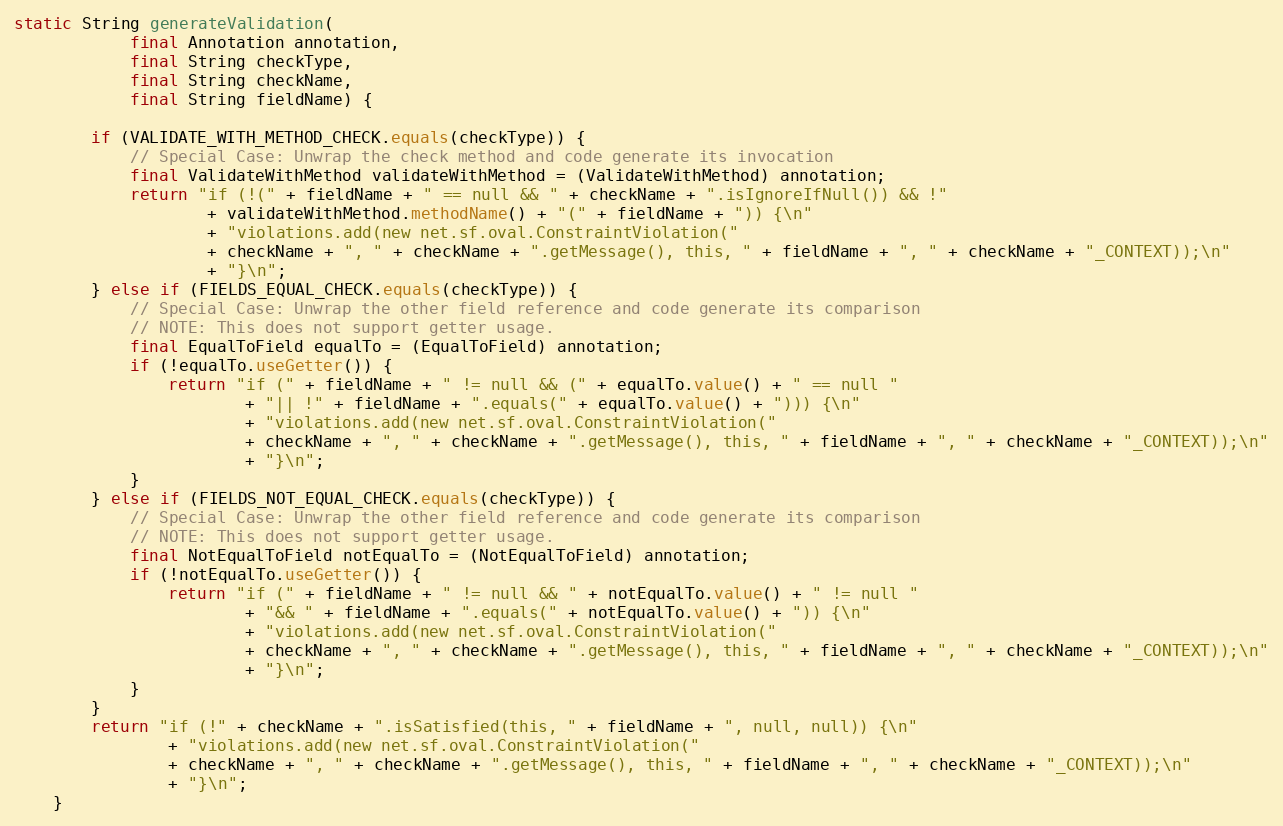
Language: Java
static String generateValidation(
            final Annotation annotation,
            final String checkType,
            final String checkName,
            final String fieldName) {

        if (VALIDATE_WITH_METHOD_CHECK.equals(checkType)) {
            // Special Case: Unwrap the check method and code generate its invocation
            final ValidateWithMethod validateWithMethod = (ValidateWithMethod) annotation;
            return "if (!(" + fieldName + " == null && " + checkName + ".isIgnoreIfNull()) && !"
                    + validateWithMethod.methodName() + "(" + fieldName + ")) {\n"
                    + "violations.add(new net.sf.oval.ConstraintViolation("
                    + checkName + ", " + checkName + ".getMessage(), this, " + fieldName + ", " + checkName + "_CONTEXT));\n"
                    + "}\n";
        } else if (FIELDS_EQUAL_CHECK.equals(checkType)) {
            // Special Case: Unwrap the other field reference and code generate its comparison
            // NOTE: This does not support getter usage.
            final EqualToField equalTo = (EqualToField) annotation;
            if (!equalTo.useGetter()) {
                return "if (" + fieldName + " != null && (" + equalTo.value() + " == null "
                        + "|| !" + fieldName + ".equals(" + equalTo.value() + "))) {\n"
                        + "violations.add(new net.sf.oval.ConstraintViolation("
                        + checkName + ", " + checkName + ".getMessage(), this, " + fieldName + ", " + checkName + "_CONTEXT));\n"
                        + "}\n";
            }
        } else if (FIELDS_NOT_EQUAL_CHECK.equals(checkType)) {
            // Special Case: Unwrap the other field reference and code generate its comparison
            // NOTE: This does not support getter usage.
            final NotEqualToField notEqualTo = (NotEqualToField) annotation;
            if (!notEqualTo.useGetter()) {
                return "if (" + fieldName + " != null && " + notEqualTo.value() + " != null "
                        + "&& " + fieldName + ".equals(" + notEqualTo.value() + ")) {\n"
                        + "violations.add(new net.sf.oval.ConstraintViolation("
                        + checkName + ", " + checkName + ".getMessage(), this, " + fieldName + ", " + checkName + "_CONTEXT));\n"
                        + "}\n";
            }
        }
        return "if (!" + checkName + ".isSatisfied(this, " + fieldName + ", null, null)) {\n"
                + "violations.add(new net.sf.oval.ConstraintViolation("
                + checkName + ", " + checkName + ".getMessage(), this, " + fieldName + ", " + checkName + "_CONTEXT));\n"
                + "}\n";
    }